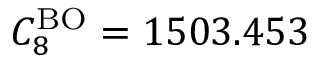
C _ { 8 } ^ { \mathrm { B O } } = 1 5 0 3 . 4 5 3